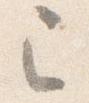
已